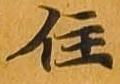
住